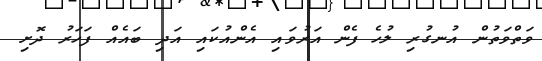
ވަތްވަތުން އުނގުރި ލުހެ ފެން އަރުވައި އެންއުކައި އަދި ބައެއް ފަހަރު ދޮށި